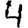
Digit: 4